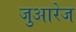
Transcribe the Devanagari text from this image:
जुआरेज